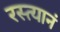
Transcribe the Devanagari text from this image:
रस्त्यानं